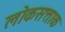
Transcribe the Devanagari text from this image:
लोकसत्ताक